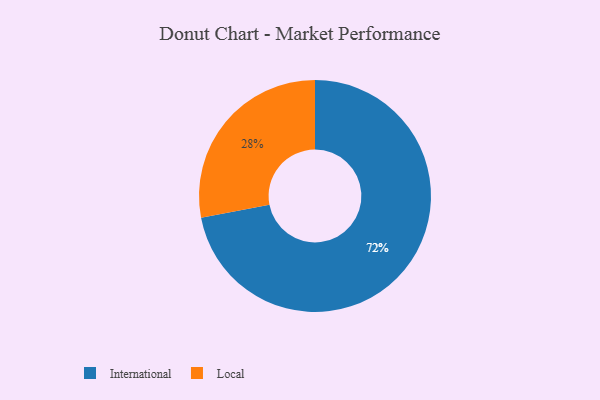
{"axis": {"x": "Category", "y": "Percentage"}, "legend": ["International", "Local"], "data": [{"x": "Local", "y": 28, "type": "Local"}, {"x": "International", "y": 72, "type": "International"}]}